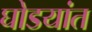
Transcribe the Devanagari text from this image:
घोडयांत